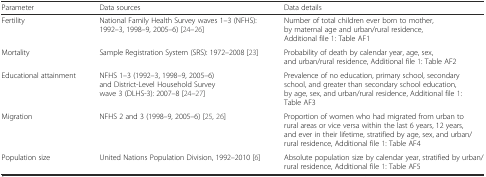
<table><thead><tr><td><b>Parameter</b></td><td><b>Data sources</b></td><td><b>Data details</b></td></tr></thead><tbody><tr><td>Fertility</td><td>National Family Health Survey waves 1–3 (NFHS): 1992–3, 1998–9, 2005–6) [24–26]</td><td>Number of total children ever born to mother, by maternal age and urban/rural residence, Additional file 1: Table AF1</td></tr><tr><td>Mortality</td><td>Sample Registration System (SRS): 1972–2008 [23]</td><td>Probability of death by calendar year, age, sex, and urban/rural residence, Additional file 1: Table AF2</td></tr><tr><td>Educational attainment</td><td>NFHS 1–3 (1992–3, 1998–9, 2005–6) and District-Level Household Survey wave 3 (DLHS-3): 2007–8 [24–27]</td><td>Prevalence of no education, primary school, secondary school, and greater than secondary school education, by age, sex, and urban/rural residence, Additional file 1: Table AF3</td></tr><tr><td>Migration</td><td>NFHS 2 and 3 (1998–9, 2005–6) [25, 26]</td><td>Proportion of women who had migrated from urban to rural areas or vice versa within the last 6 years, 12 years, and ever in their lifetime, stratified by age, sex, and urban/rural residence, Additional file 1: Table AF4</td></tr><tr><td>Population size</td><td>United Nations Population Division, 1992–2010 [6]</td><td>Absolute population size by calendar year, stratified by urban/rural residence, Additional file 1: Table AF5</td></tr></tbody></table>